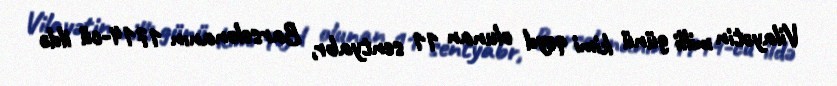
Vilayətin milli günü kimi qeyd olunan 11 sentyabr, Barselonanın 1714-cü ildə